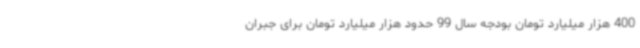
400 هزار میلیارد تومان بودجه سال 99 حدود هزار میلیارد تومان برای جبران